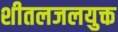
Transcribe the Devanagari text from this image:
शीतलजलयुक्त